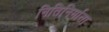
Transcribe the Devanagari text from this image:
नितिनिर्माता